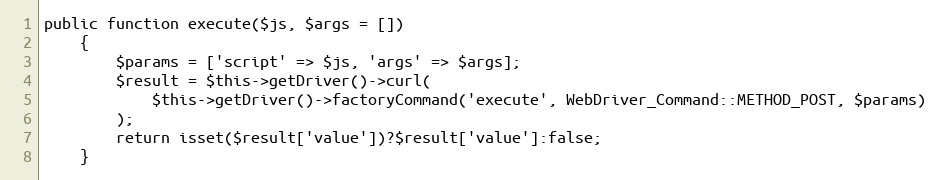
Language: PHP
public function execute($js, $args = [])
    {
        $params = ['script' => $js, 'args' => $args];
        $result = $this->getDriver()->curl(
            $this->getDriver()->factoryCommand('execute', WebDriver_Command::METHOD_POST, $params)
        );
        return isset($result['value'])?$result['value']:false;
    }